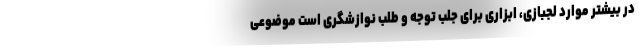
در بیشتر موارد لجبازی، ابزاری برای جلب توجه و طلب نوازشگری است موضوعی